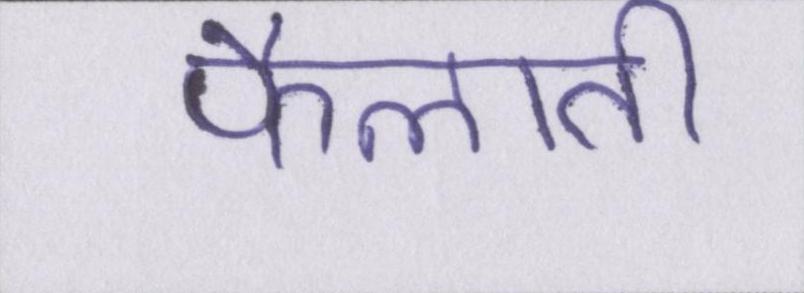
फैलाती